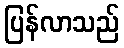
ပြန်လာသည်